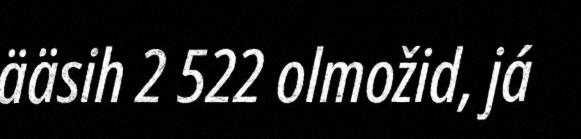
ääsih 2 522 olmožid, já